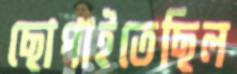
ছোপাইতেছিল